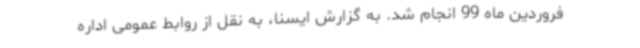
فروردین ماه 99 انجام شد. به گزارش ایسنا، به نقل از روابط عمومی اداره